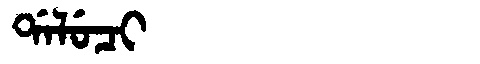
Manchu: ᡩᠠᠯᡠᠴᡳ
Romanization: DALUCI